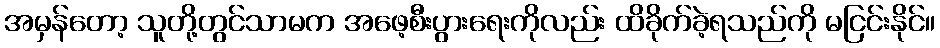
အမှန်တော့ သူတို့တွင်သာမက အဖေ့စီးပွားရေးကိုလည်း ထိခိုက်ခဲ့ရသည်ကို မငြင်းနိုင်။